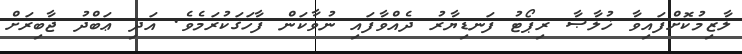
ލާޒިމުކޮށްފައިވާ ޚުލާޞާ ރިޕޯޓު ފަނޑިޔާރު ދެއްވާފައި ނުވާކަން ފާހަގަކުރަމެވެ. އަދި ޢަބްދު ޖާބިރަށް